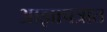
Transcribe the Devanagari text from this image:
आज्ञापत्रात